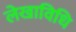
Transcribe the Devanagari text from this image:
लेखाविधि